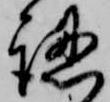
認